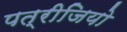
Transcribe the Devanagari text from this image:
पत्रीजियो